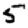
Digit: 5